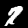
Digit: 7